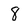
Character: 8